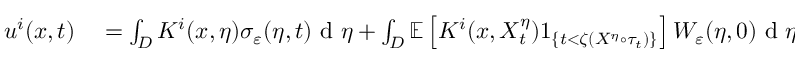
\begin{array} { r l } { u ^ { i } ( x , t ) } & { { } = \int _ { D } K ^ { i } ( x , \eta ) \sigma _ { \varepsilon } ( \eta , t ) \textrm { d } \eta + \int _ { D } \mathbb { E } \left[ K ^ { i } ( x , X _ { t } ^ { \eta } ) 1 _ { \left\{ t < \zeta ( X ^ { \eta } \circ \tau _ { t } ) \right\} } \right] W _ { \varepsilon } ( \eta , 0 ) \textrm { d } \eta } \end{array}